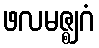
ဖလမဇ္ဈဂံ